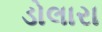
ડોલારા